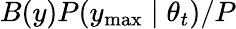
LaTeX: B(y)P(y_{\mathrm{max}}\mid\theta_{t})/P